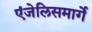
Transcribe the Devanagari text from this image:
एंजेलिसमार्गे